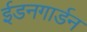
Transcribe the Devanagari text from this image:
ईडनगार्डन